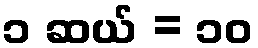
၁ ဆယ် = ၁၀